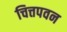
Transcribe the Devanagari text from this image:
चित्तपवन